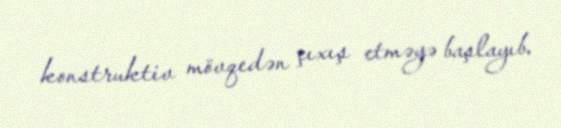
konstruktiv mövqedən çıxış etməyə başlayıb.